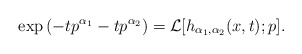
\begin{align*}\exp\left(-t p^{\alpha_{1}} - t p^{\alpha_{2}}\right) = \mathcal{L}[h_{\alpha_{1}, \alpha_{2}}(x, t); p].\end{align*}